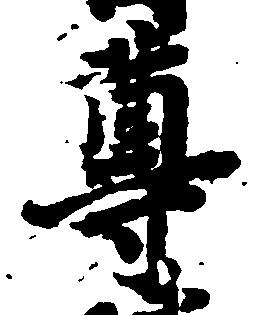
尊